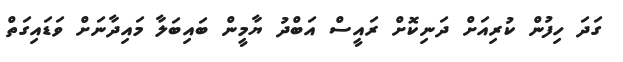
ގަދަ ހިފުން ކުރިއަށް ދަނިކޮށް ރައީސް އަބްދު ޔާމީން ބައިބަލާ މައިދާނަށް ވަޑައިގަތް